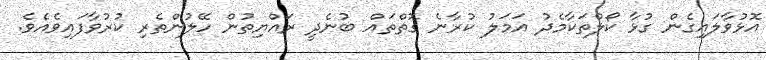
އޮޅުވާލައިގެން ގުޅާ ކޯލްތަކާމެދު އަމަލު ކުރާނެ ގޮތްތައް ބުނެދީ ރައްޔިތުން ހޭލުންތެރި ކުރުވާފައިވެއެވެ.